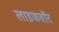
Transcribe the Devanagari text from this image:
लाइफबाॅट